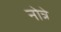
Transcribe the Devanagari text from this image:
नोत्रे